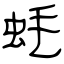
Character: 蚝